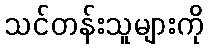
သင်တန်းသူများကို